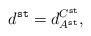
LaTeX: \begin{align*}d^{\tt st}=d^{C^{\tt st}}_{A^{\tt st}},\end{align*}